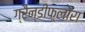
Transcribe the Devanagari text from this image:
ग्रैन्डीफ़्लोरा